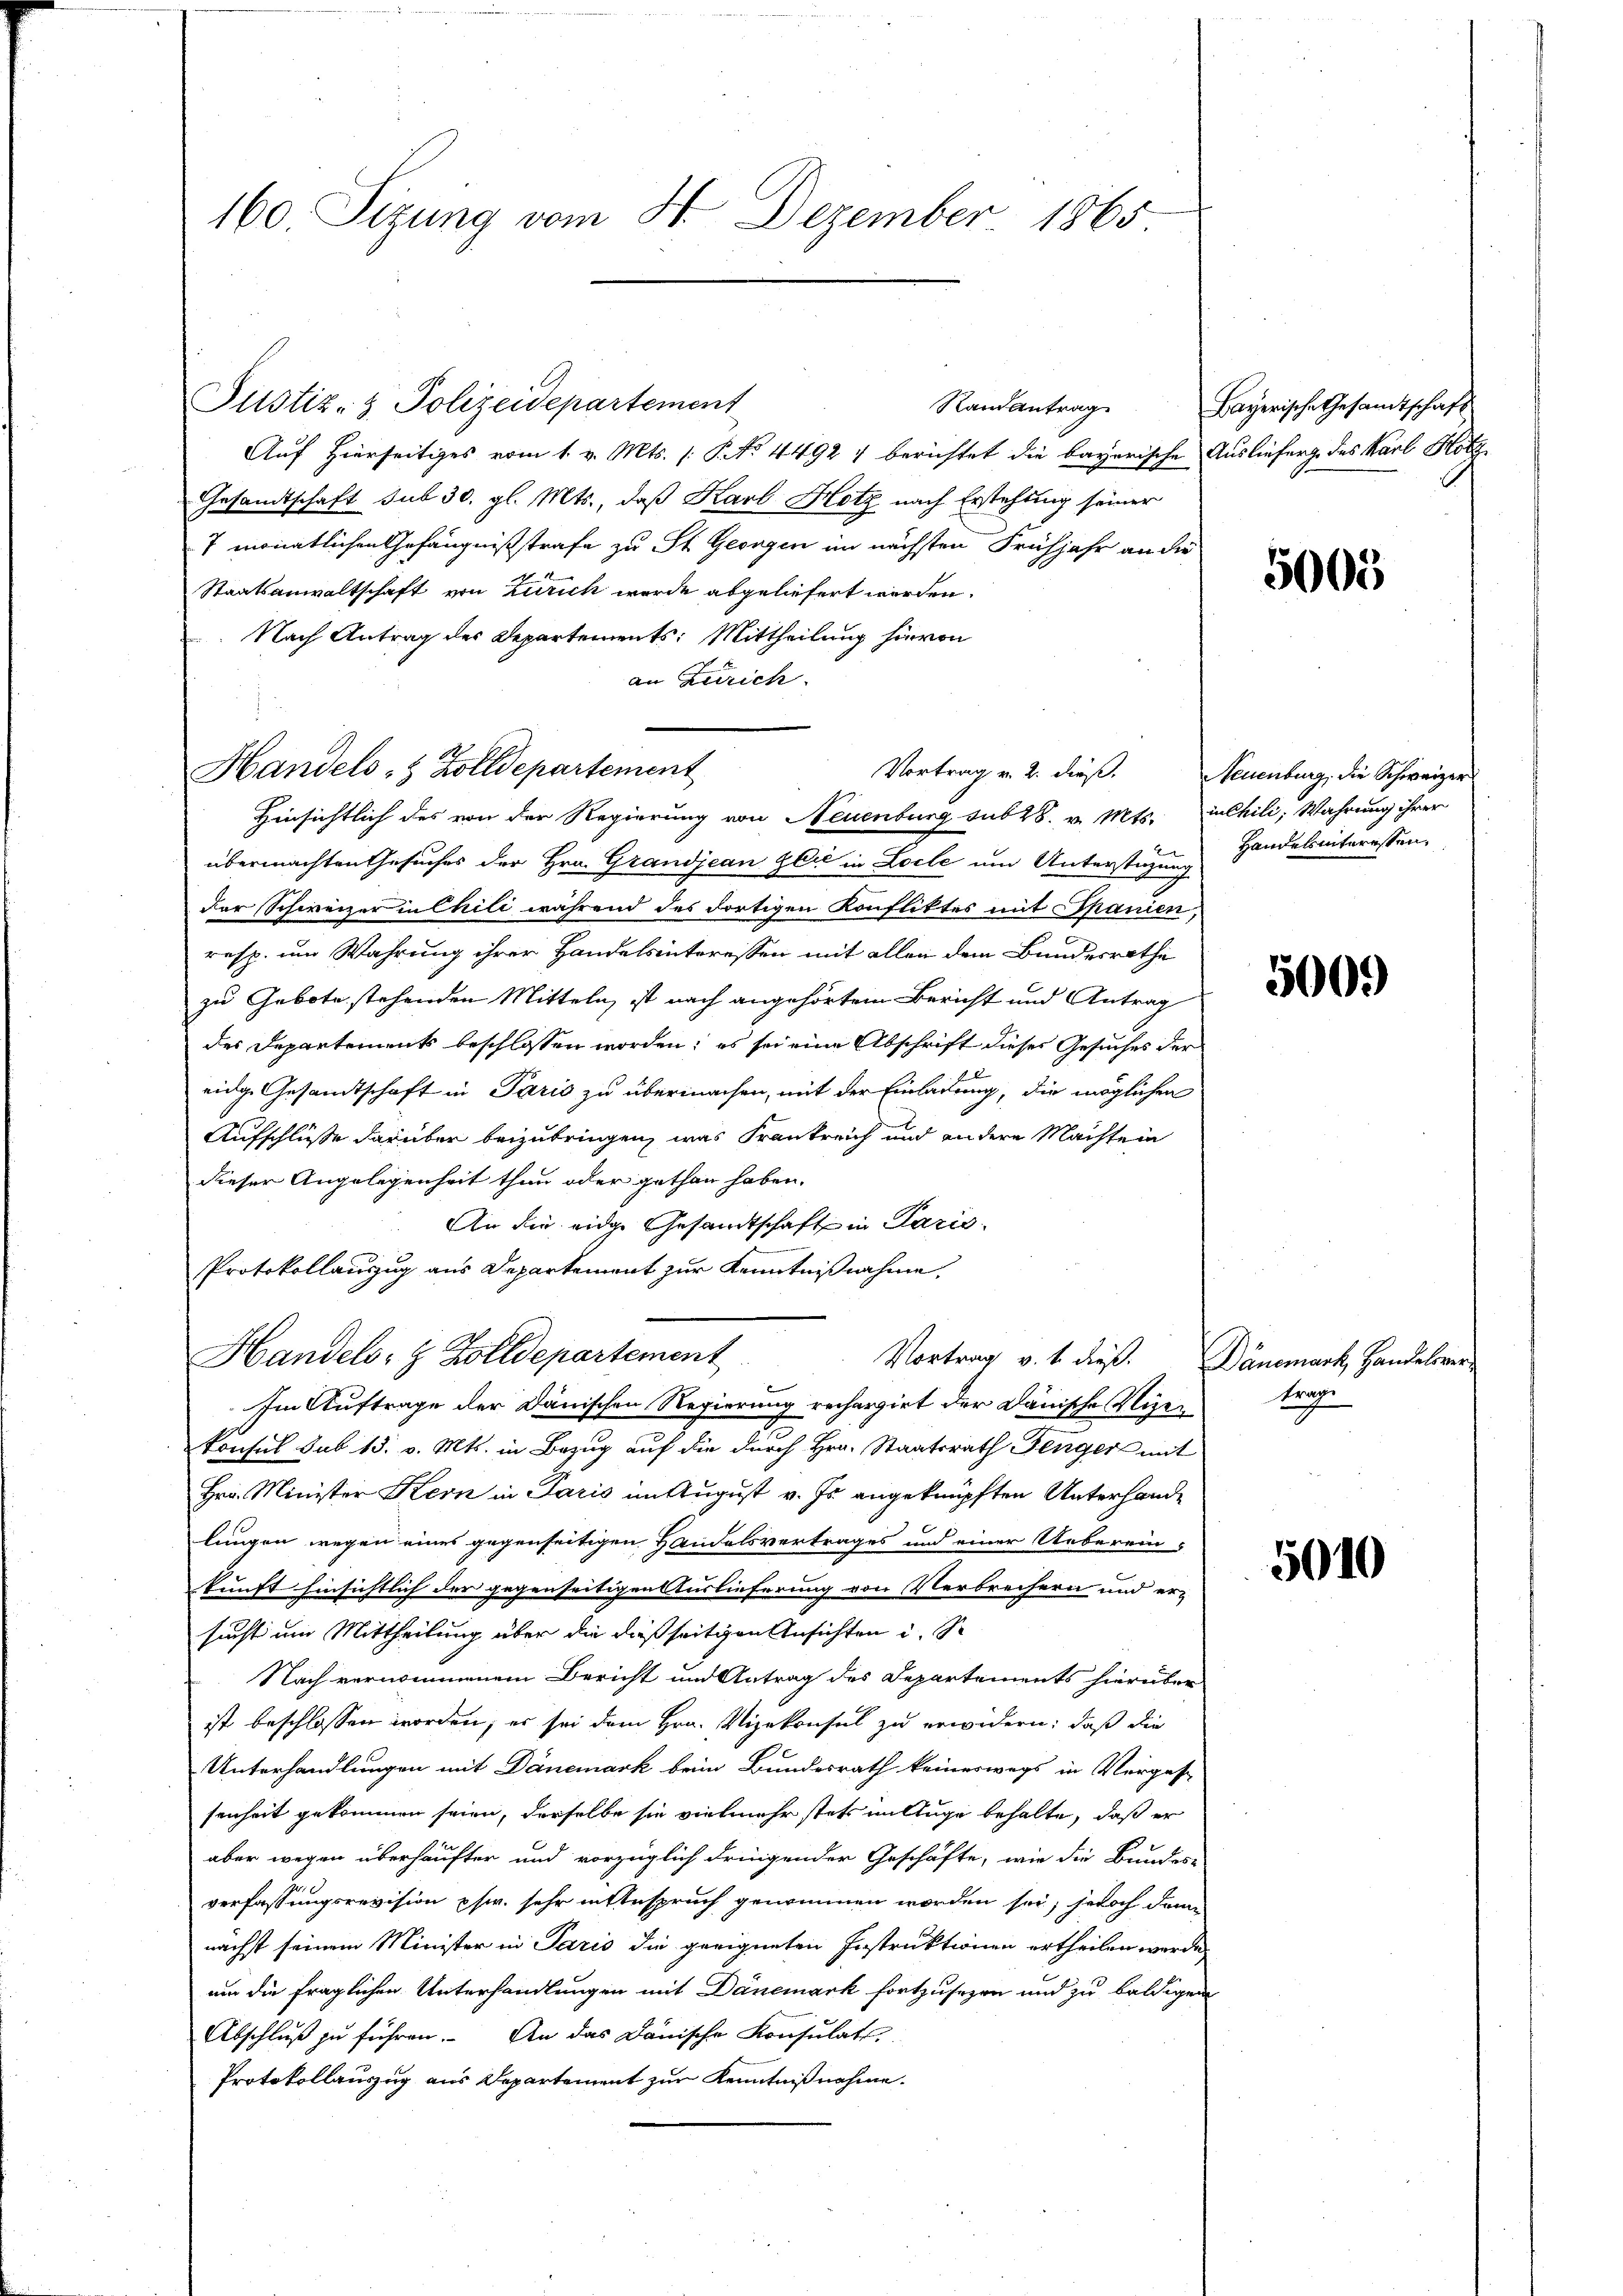
160. Sizung vom H. Dezember 1865

Justiz- & Polizeidepartement

Randantrag
Auf Hierseitiges vom 1. v. Mts. (: P. No 44927 berichtet die bayerische Auslieferge des Karl Holz¬
Gesandtschaft sub 30. gl. Mts., daß Karl Hotz nach Erstehung seiner
7 monatlichen Gefängnißstrafe zu St. Georgen im nächsten Frühjahr an die
Staatsanwaltschaft von Zürich wurde abgeliefert worden.
Nach Antrag des Departements: Mittheilung hievon
an Zürich.
Hinsichtlich des von der Regierung von Neuenburg sub 28. v. Mts. in Chili, Wahrung ihrer
übermachten Gesuches der Hrn. Grandjean gli in Locle um Unterstins Handelsinteressender Schweizer in Chili während des dortigen Konfliktes mit Spanien,
resp. um Wahrung ihrer Handelsinteressen mit allen dem Bundesrathe
zu Gebote stehenden Mitteln, ist nach angehörtem Bericht und Antrag
des Departements beschlossen worden; es sei eine Abschrift dieses Gesuches der
eidge Gesandtschaft in Paris zu übermachen, mit der Einladung, die möglichen
Aufschlüsse darüber beizubringen, was Frankreich und andere Machtein
dieser Angelegenheit thun oder gethan haben.
An die eidge Gesandtschaft in Paris
Protokollauszug aus Departement zur Kenntnißnahme,
Handels- & Zolldepartement
Vortrag v. 4. dieß. Dänemark, Handelsver-
Im Auftrage der Dänischen Regierung rechargirt der Dänische Vigen trage
konsul sub 15. v. Mts. in Bezug auf die durch Hrn. Staatsrath Fingers mit
Hrn. Minister Kern in Paris im August v. Js. angeknüpften Unterhande
lungen wegen eines gegenseitigen Handelsvertrages und einer Ueberein-
kunft hinsichtlich der gegenseitigen Auslieferung von Verbrechern und er-
sucht um Mittheilung über die dießseitigen Ansichten u. S
Nach vernommenem Bericht und Antrag des Departements hierüber
ist beschlossen worden; er sei dem Hrn. Vizekonsul zu erwidern; daß die
Unterhandlungen mit Danemark beim Bundesrath keineswegs in Vergese
senheit gekommen seien, derselbe sie vielmehr stets in Auge behalte, daß er
aber wegen überhäufter und vorzüglich dringender Geschäfte, wie die Bundes-
verfassungsrevision phw. sehr in Anspruch genommen worden sei, jedoch dann
nächst seinem Minister in Paris die geeigneten Instruktionen ertheilen werde,
um die fraglichen Unterhandlungen mit Danemark fortzusehen und zu baldigen
Abschluß zu führen. An das Danische Konsulats,
Protokollauszug aus Departement zur Kenntnißnahme.

Handels- & Zolldepartement

Vortrag v. 2. dieß. Neuenburg, die Schweizer

Bayerische Gesamtschaft

5005

5000

5010